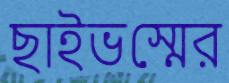
ছাইভস্মের